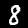
Label: 8